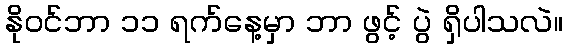
နိုဝင်ဘာ ၁၁ ရက်နေ့မှာ ဘာ ဖွင့် ပွဲ ရှိပါသလဲ။